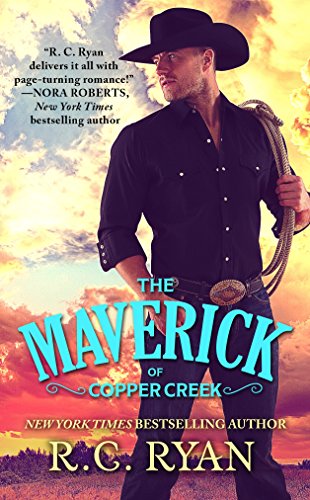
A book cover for The Maverick of Copper Creek (Copper Creek Cowboys); R.C. Ryan; Romance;